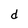
Character: d